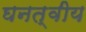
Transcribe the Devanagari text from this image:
घनत्वीय